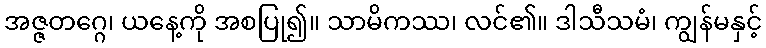
အဇ္ဇတဂ္ဂေ၊ ယနေ့ကို အစပြု၍။ သာမိကဿ၊ လင်၏။ ဒါသီသမံ၊ ကျွန်မနှင့်